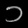
Digit: ၁